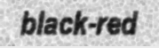
black-red